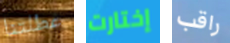
عطلتنا إختارت راقب